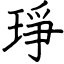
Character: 琤